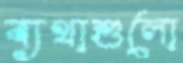
ব্যথাশুলো